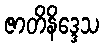
ဇာတိနိဒ္ဒေသ